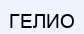
ГЕЛИО